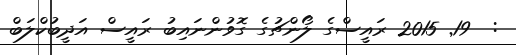
:  19